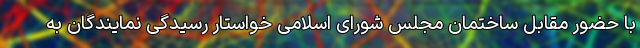
با حضور مقابل ساختمان مجلس شورای اسلامی خواستار رسیدگی نمایندگان به